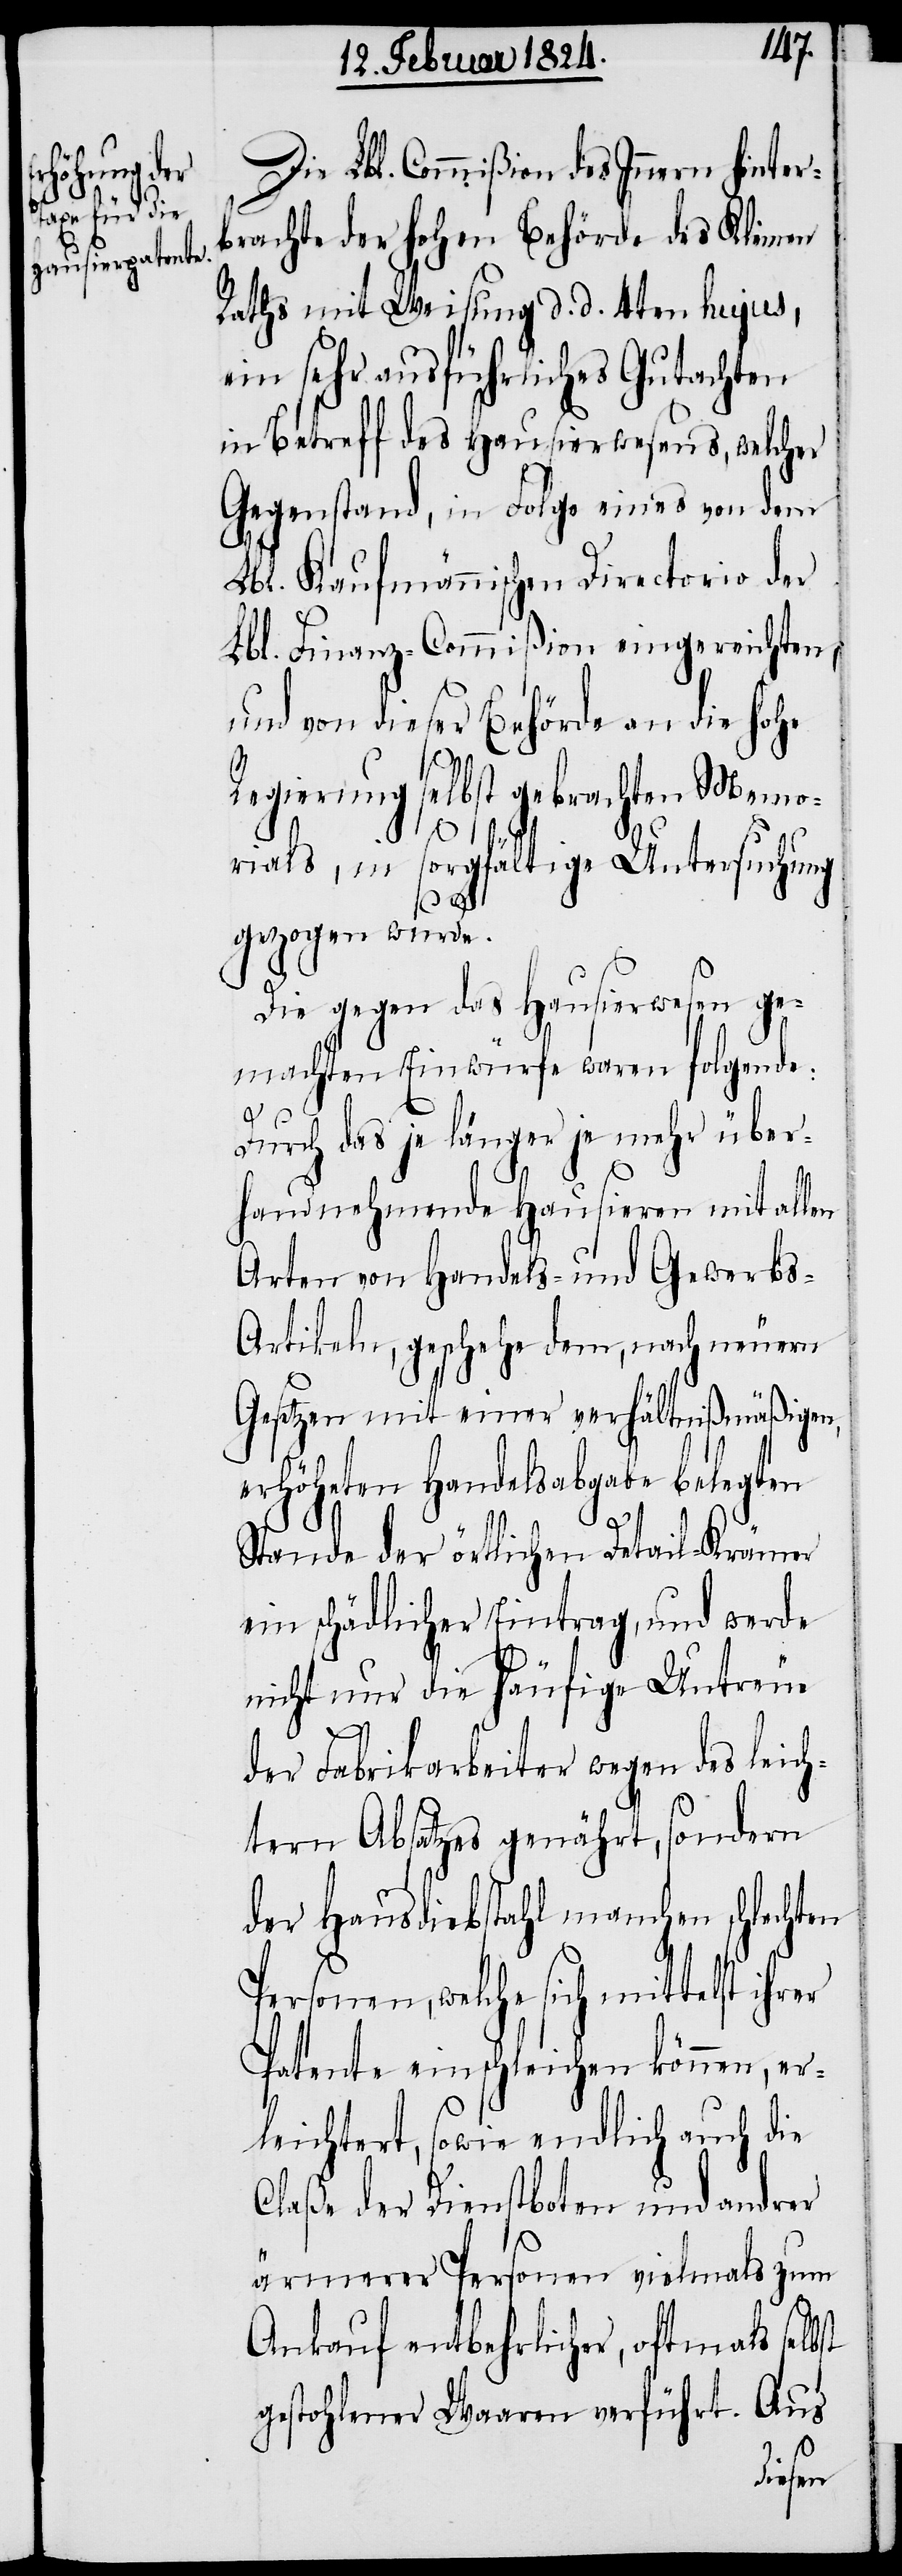
Die Lbl. Commißion des Innern hinter¬
brachte der hohen Behörde des Kleinen
Raths mit Weisung d. d. 4ten hujus,
ein sehr ausführliches Gutachten
in Betreff des Hausierwesens, welcher
Gegenstand, in Folge eines von dem
Lbl. Kaufmännischen Directorio der
Lbl. Finanz-Commißion eingereichten,
und von dieser Behörde an die hohe
Regierung selbst gebrachten Memo¬
rials, in sorgfältige Untersuchung
gezogen wurde.
Die gegen das Hausierwesen ge¬
machten Einwürfe waren folgende:
Durch das je länger je mehr über¬
handnehmende Hausieren mit allen
Orten von Handels- und Gewerbs-A¬
rtikeln, geschehe dem, nach neuern
Gesetzen mit einer verhältnißmäßigen,
erhöheten Handelsabgabe belegten
rer
Stande der örtlichen Detail-Krämer
ein schädlicher Eintrag, und werde
nicht nur die häufige Untreue
der Fabrikarbeiter wegen des leich¬
tern Absatzes genährt, sondern
der Hausdiebstahl manchen schlechten
Personen, welche sich mittelst ih¬
Patente einschleichen können, er¬
leichtert, sowie endlich auch die
Claße der Dienstboten und andrer
ärmerer Personen vielmals zum
Ankauf entbehrlicher, oftmals selbst
gestohlener Waaren verführt. Aus